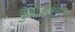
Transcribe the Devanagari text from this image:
गुओजोह्न्सेन